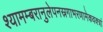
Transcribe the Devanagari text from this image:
श्यामम्बरानुलेपनस्रगाभरणामेकवक्त्रां